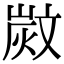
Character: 𣁗